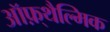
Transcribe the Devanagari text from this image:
ऑफ़्थैल्मिक